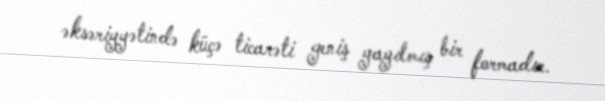
əksəriyyətində küçə ticarəti geniş yayılmış bir formadır.